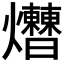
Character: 𤓗